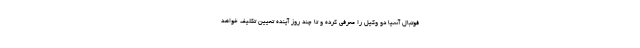
فوتبال آسیا دو وکیل را معرفی کرده و تا چند روز آینده تعیین تکلیف خواهد